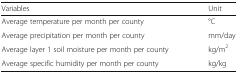
| Variables | Unit |
 | --- | --- |
 | Average temperature per month per county | °C |
 | Average precipitation per month per county | mm/day |
 | Average layer 1 soil moisture per month per county | kg/m2 |
 | Average specific humidity per month per county | kg/kg |